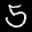
Label: 5